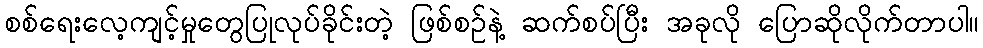
စစ်ရေးလေ့ကျင့်မှုတွေပြုလုပ်ခိုင်းတဲ့ ဖြစ်စဉ်နဲ့ ဆက်စပ်ပြီး အခုလို ပြောဆိုလိုက်တာပါ။